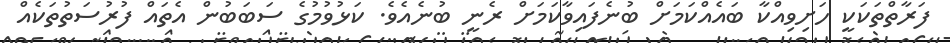
ފަރާތްތަކަކީ ހަށިވިއްކާ ބައެއްކަމަށް ބުނެފައިވާކަމަށް ރެނީ ބުނެއެވެ. ކަޅުވުމުގެ ސަބަބުން އެތައް ފުރުސަތުތަކެއް